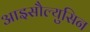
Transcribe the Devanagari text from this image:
आइसौल्युसिन